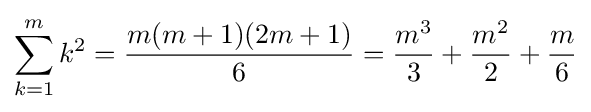
\sum _{k=1}^{m}k^{2}={\frac {m(m+1)(2m+1)}{6}}={\frac {m^{3}}{3}}+{\frac {m^{2}}{2}}+{\frac {m}{6}}